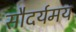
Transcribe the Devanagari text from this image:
सौदर्यमय